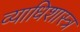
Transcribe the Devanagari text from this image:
व्याधिशास्त्र